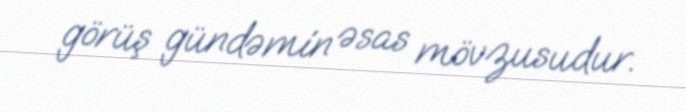
görüş gündəmin əsas mövzusudur.